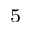
^ 5